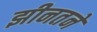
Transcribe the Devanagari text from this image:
झीनतने